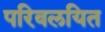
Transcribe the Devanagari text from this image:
परिवलयित